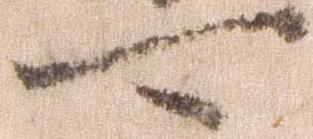
可